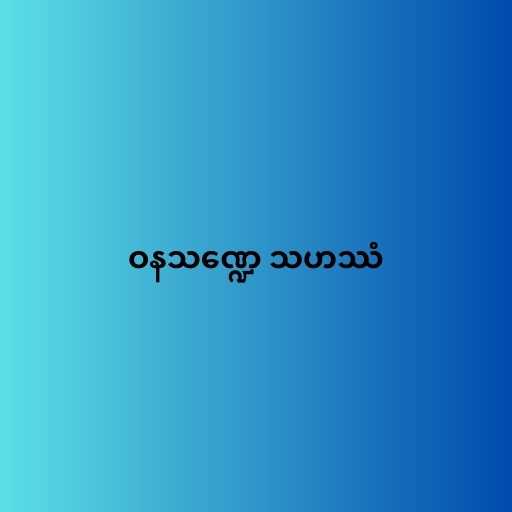
ဝနသဏ္ဍေ သဟဿံ